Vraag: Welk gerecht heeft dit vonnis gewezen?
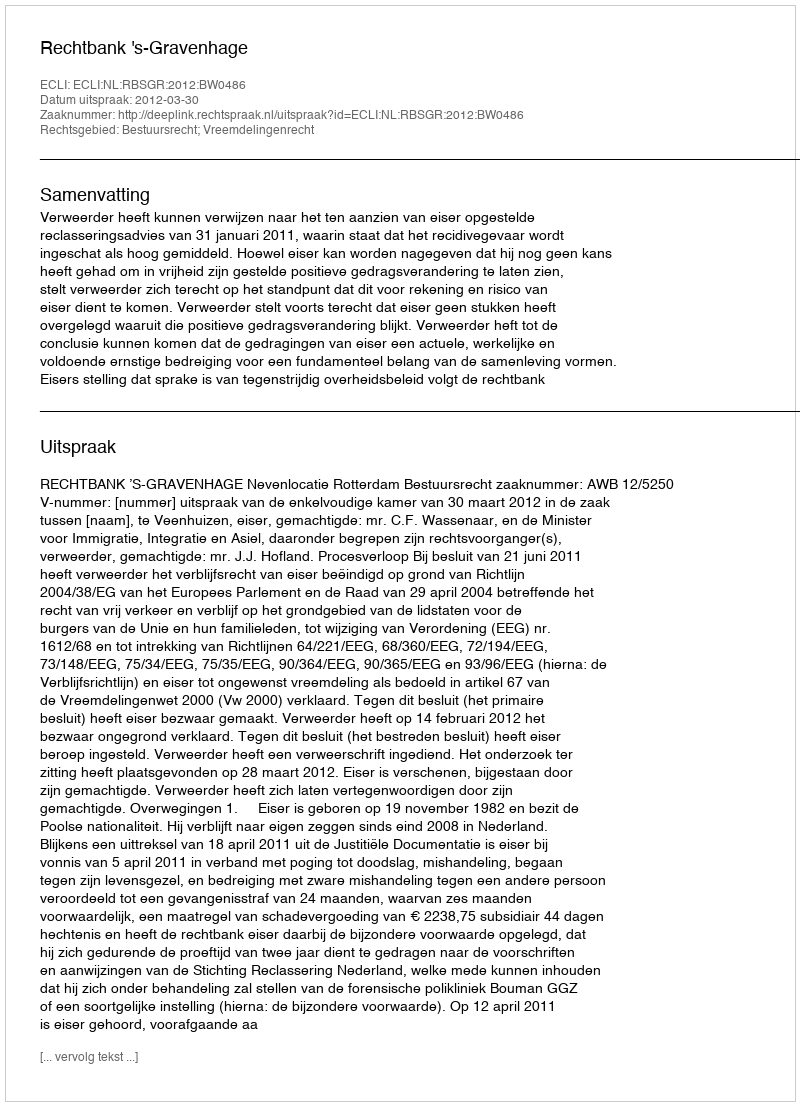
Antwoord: Rechtbank 's-Gravenhage